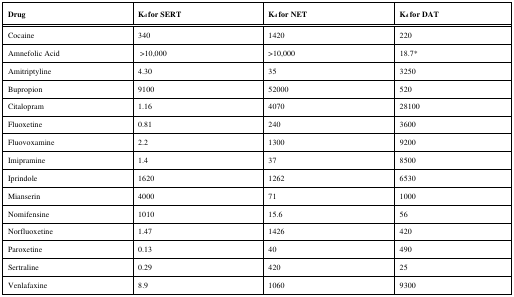
<table><thead><tr><td><b>Drug</b></td><td><b>K<sub>d</sub> for SERT</b></td><td><b>K<sub>d</sub> for NET</b></td><td><b>K<sub>d</sub> for DAT</b></td></tr></thead><tbody><tr><td>Cocaine</td><td>340</td><td>1420</td><td>220</td></tr><tr><td>Amnefolic Acid</td><td>&gt;10,000</td><td>&gt;10,000</td><td>18.7*</td></tr><tr><td>Amitriptyline</td><td>4.30</td><td>35</td><td>3250</td></tr><tr><td>Bupropion</td><td>9100</td><td>52000</td><td>520</td></tr><tr><td>Citalopram</td><td>1.16</td><td>4070</td><td>28100</td></tr><tr><td>Fluoxetine</td><td>0.81</td><td>240</td><td>3600</td></tr><tr><td>Fluovoxamine</td><td>2.2</td><td>1300</td><td>9200</td></tr><tr><td>Imipramine</td><td>1.4</td><td>37</td><td>8500</td></tr><tr><td>Iprindole</td><td>1620</td><td>1262</td><td>6530</td></tr><tr><td>Mianserin</td><td>4000</td><td>71</td><td>1000</td></tr><tr><td>Nomifensine</td><td>1010</td><td>15.6</td><td>56</td></tr><tr><td>Norfluoxetine</td><td>1.47</td><td>1426</td><td>420</td></tr><tr><td>Paroxetine</td><td>0.13</td><td>40</td><td>490</td></tr><tr><td>Sertraline</td><td>0.29</td><td>420</td><td>25</td></tr><tr><td>Venlafaxine</td><td>8.9</td><td>1060</td><td>9300</td></tr></tbody></table>